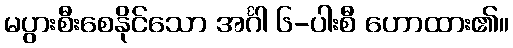
မပွားစီးစေနိုင်သော အင်္ဂါ ၆-ပါးစီ ဟောထား၏။